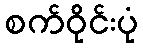
စက်ဝိုင်းပုံ